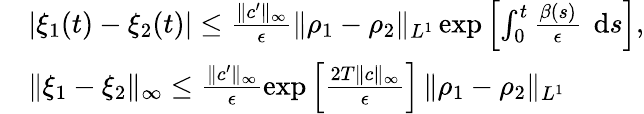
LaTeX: \begin{array}{rl}&{\left|\xi_{1}(t)-\xi_{2}(t)\right|\leq\frac{\| c^{\prime}\| _{\infty}}{\epsilon}\| \rho_{1}-\rho_{2}\| _{L^{1}}\exp\left[\int_{0}^{t}\frac{\beta(s)}{\epsilon}\textrm{\, d}s\right],}\\ &{\| \xi_{1}-\xi_{2}\| _{\infty}\leq\frac{\| c^{\prime}\| _{\infty}}{\epsilon}\exp\left[\frac{2T\| c\| _{\infty}}{\epsilon}\right]\, \| \rho_{1}-\rho_{2}\| _{L^{1}}}\end{array}